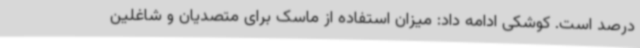
درصد است. کوشکی ادامه داد: میزان استفاده از ماسک برای متصدیان و شاغلین